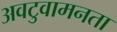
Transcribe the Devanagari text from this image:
अवटुवामनता